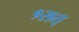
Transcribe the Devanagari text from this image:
१सत्